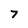
Character: 7